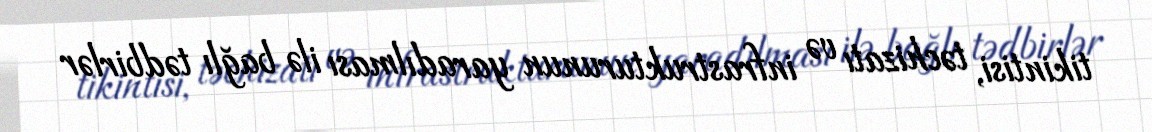
tikintisi, təchizatı və infrastrukturunun yaradılması ilə bağlı tədbirlər